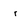
Character: r